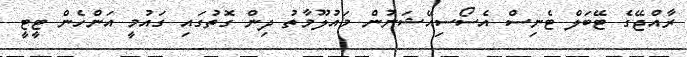
ރާއްޖޭގެ ޓޭބަލް ޓެނިސް އެސޯސިއޭޝަނުން މައުލޫމާތު ދިން ގޮތުގައި ގައުމީ އަންހެން ޓީޓީ